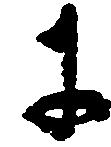
に